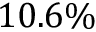
1 0 . 6 \%